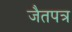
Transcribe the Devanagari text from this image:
जैतपत्र